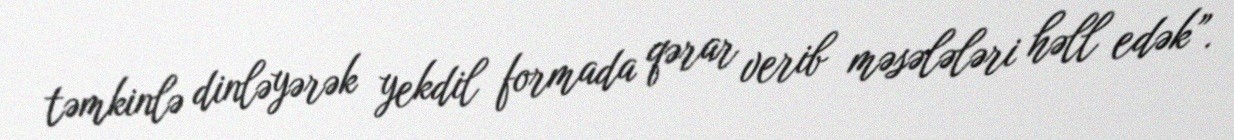
təmkinlə dinləyərək yekdil formada qərar verib məsələləri həll edək”.